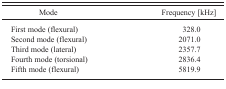
| Mode | Frequency [kHz] |
 | --- | --- |
 | First mode (flexural) | 328.0 |
 | Second mode (flexural) | 2071.0 |
 | Third mode (lateral) | 2357.7 |
 | Fourth mode (torsional) | 2836.4 |
 | Fifth mode (flexural) | 5819.9 |